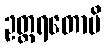
ဥတ္တရတောပိ